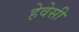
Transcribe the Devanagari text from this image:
हेवेसी